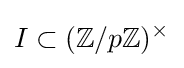
I\subset (\mathbb {Z} /p\mathbb {Z} )^{\times }